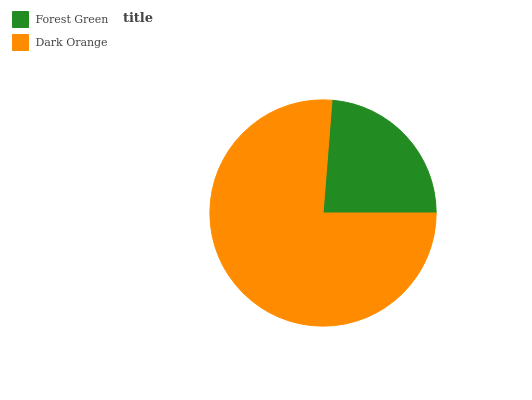
| Forest Green | Dark Orange |
 | --- | --- |
 | 23.7% | 76.3% |